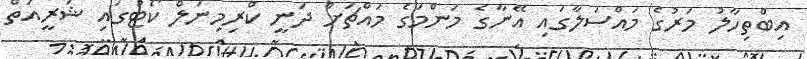
އިބްތިހާލު މަރުގެ މައްސަލާގައި އޭނާގެ މަންމަގެ މައްޗަށް ދަނީ ކްރިމިނަލް ކޯޓުގައި ޝަރީއަތް